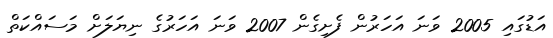
އަޑުގައި 2005 ވަނަ އަހަރުން ފެށިގެން 2007 ވަނަ އަހަރުގެ ނިޔަލަށް މަސައްކަތް